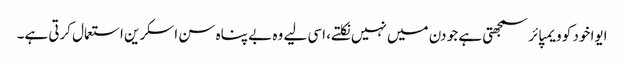
ایوا خود کو ویمپائر سمجھتی ہے جو دن میں نہیں نکلتے، اسی لیے وہ بے پناہ سن اسکرین استعمال کرتی ہے۔